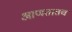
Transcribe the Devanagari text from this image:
आणतातच